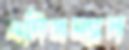
এনিসম্যান